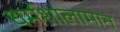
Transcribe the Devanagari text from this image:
धर्मशालामान